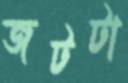
জটটা